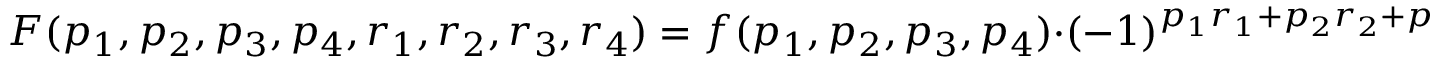
F ( p _ { 1 } , p _ { 2 } , p _ { 3 } , p _ { 4 } , r _ { 1 } , r _ { 2 } , r _ { 3 } , r _ { 4 } ) = f ( p _ { 1 } , p _ { 2 } , p _ { 3 } , p _ { 4 } ) \cdot ( - 1 ) ^ { p _ { 1 } r _ { 1 } + p _ { 2 } r _ { 2 } + p _ { 3 } r _ { 3 } + p _ { 4 } r _ { 4 } }